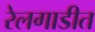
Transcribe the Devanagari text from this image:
रेलगाडीत